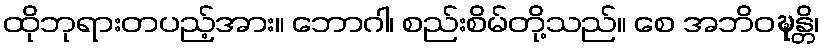
ထိုဘုရားတပည့်အား။ ဘောဂါ၊ စည်းစိမ်တို့သည်။ စေ အဘိဝဍ္ဎန္တိ၊